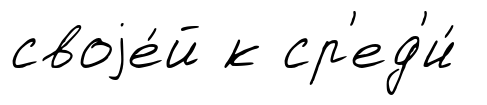
своjе́й к ср'ед'и́